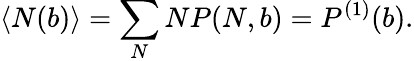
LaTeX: \left<N(b)\right>=\sum_{N}NP(N,b)=P^{(1)}(b).